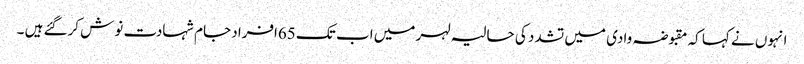
انہوں نے کہا کہ مقبوضہ وادی میں تشدد کی حالیہ لہر میں اب تک 65افراد جام شہادت نوش کرگئے ہیں ۔